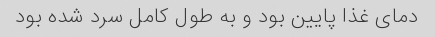
دمای غذا پایین بود و به طول کامل سرد شده بود